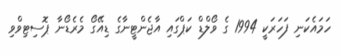
ހަމައެކަނި ފަހަރަކީ 1994 ގެ ވޯލްޑް ކަޕްގައި އާޖެންޓީނާގެ ޑިއޭގޯ މެރެޑޯނާ ޕޮސިޓިވްވި